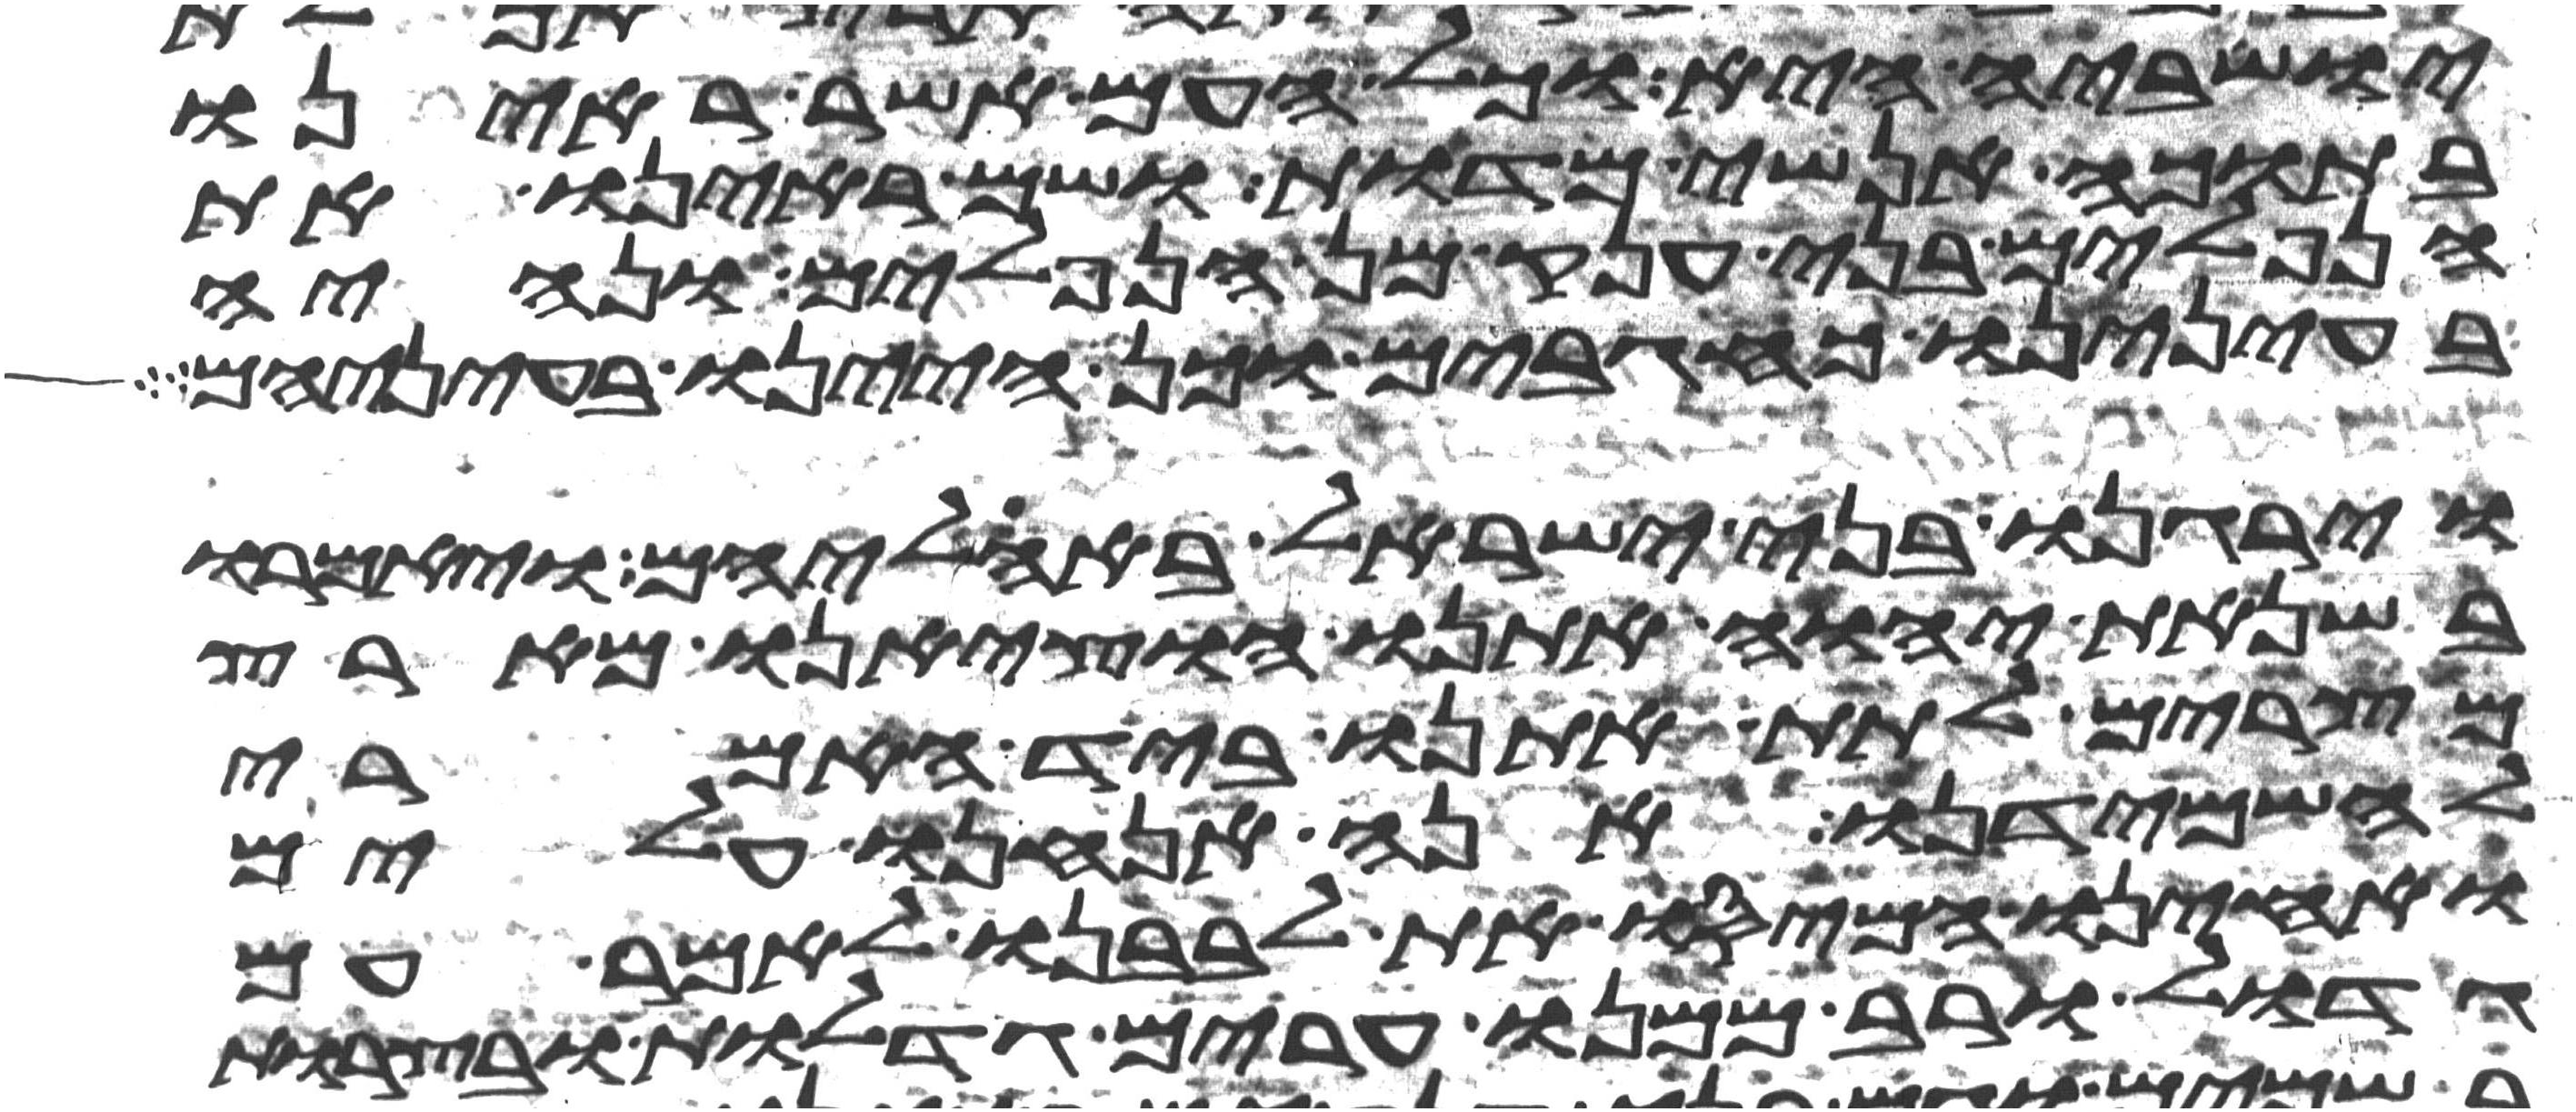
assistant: ישביה היא וכל העם אשר ראינו
בתוכה אנשי מדות ושם ראינו את
הנפלים בני ענק מן הנפלים ונהיה
בעינינו כחגבים וכן היינו בעיניהם
וירגנו בני ישראל באהליהם ויאמרו
בשנאת יהוה אתנו הוציאנו מארץ
מצרים לתת אתנו ביד האמרי
להשמידנו אנה אנחנו עלים
ואחינו המיסו את לבבנו לאמר עם
גדול ורב ממנו ערים גדלות ובצרות